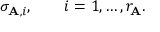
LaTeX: \sigma _ { \mathbf { A } , i } , \qquad i = 1 , \ldots , r _ { \mathbf { A } } .